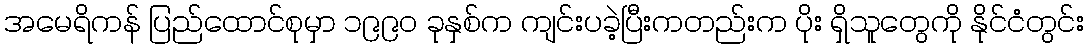
အမေရိကန် ပြည်ထောင်စုမှာ ၁၉၉၀ ခုနှစ်က ကျင်းပခဲ့ပြီးကတည်းက ပိုး ရှိသူတွေကို နိုင်ငံတွင်း